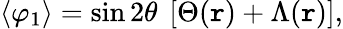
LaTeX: \langle\varphi_{1}\rangle=\sin2\theta~\left[\Theta(\mathtt{r})+\Lambda(\mathtt{r})\right],